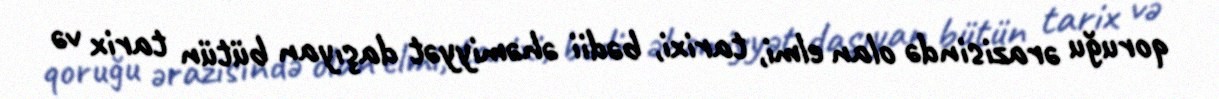
qoruğu ərazisində olan elmi, tarixi, bədii əhəmiyyət daşıyan bütün tarix və